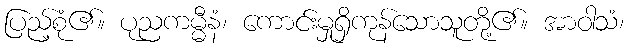
ပြည့်စုံ၏။ ပုညကမ္မီနံ၊ ကောင်းမှုရှိကုန်သောသူတို့၏။ အာဝါသံ၊